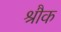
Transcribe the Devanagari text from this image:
श्रौक